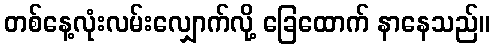
တစ်နေ့လုံးလမ်းလျှောက်လို့ ခြေထောက် နာနေသည်။